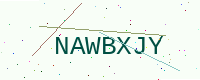
Text: NAWBXJY